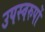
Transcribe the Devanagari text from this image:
उपस्वरुपों